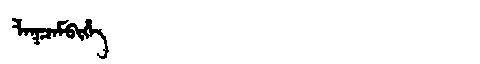
Manchu: ᠯᠠᡴᠴᠠᠮᠪᡳᡥᡝ
Romanization: LAKCAMBIHE